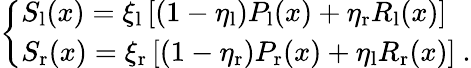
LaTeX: \left\{ \begin{array}{ll}{S_{\mathrm{l}}(x)=\xi_{\mathrm{l}}\left[(1-\eta_{\mathrm{l}})P_{\mathrm{l}}(x)+\eta_{\mathrm{r}}R_{\mathrm{l}}(x)\right]}\\ {S_{\mathrm{r}}(x)=\xi_{\mathrm{r}}\left[(1-\eta_{\mathrm{r}})P_{\mathrm{r}}(x)+\eta_{\mathrm{l}}R_{\mathrm{r}}(x)\right]\ .}\end{array}\right.